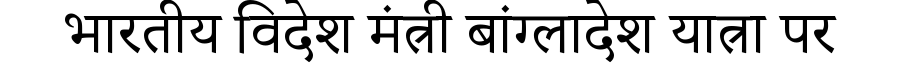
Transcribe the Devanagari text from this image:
भारतीय विदेश मंत्री बांग्लादेश यात्रा पर